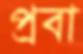
প্রবা